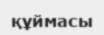
құймасы